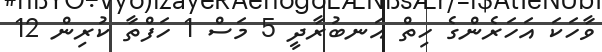
ވާހަކަ އަހަރެންގެ ހިތް އަނބުރާދީ 5 މަސް 1 ހަފްތާ ކުރިން 12